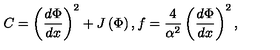
C = \left( \frac { d \Phi } { d x } \right) ^ { 2 } + J \left( \Phi \right) , f = \frac { 4 } { \alpha ^ { 2 } } \left( \frac { d \Phi } { d x } \right) ^ { 2 } ,